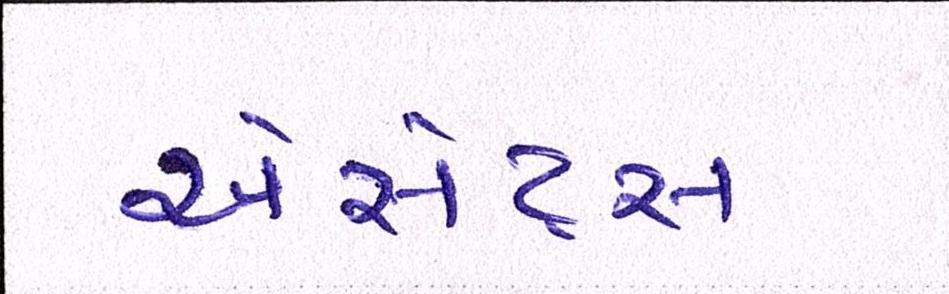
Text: એસેટ્સ